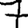
Digit: 7